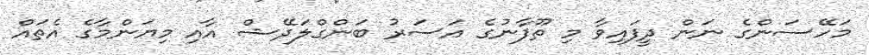
މަހޭސަންގެ ނަން ދީފައިވާ މި ތޫފާނުގެ އަސަރު ބަންގްލަދޭޝް އާއި މިޔަންމާގެ އެތައް